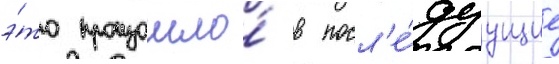
э́то произошло́ в посл'е́дуущие